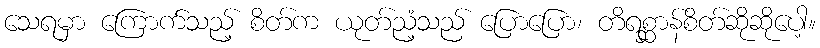
သေရမှာ ကြောက်သည့် စိတ်က ယုတ်ညံ့သည် ပြောပြော၊ တိရစ္ဆာန်စိတ်ဆိုဆိုပေါ့။